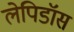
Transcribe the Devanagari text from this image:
लेपिडॉस